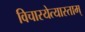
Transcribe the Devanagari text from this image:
विचारयेत्यास्ताम्